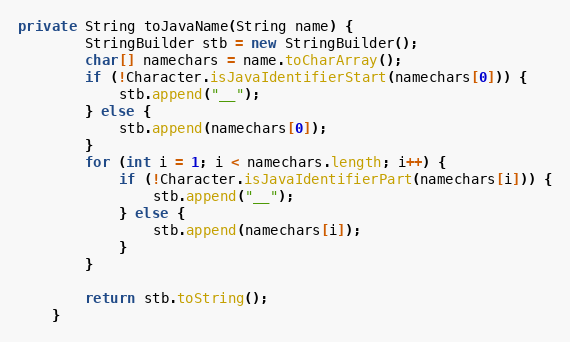
Language: Java
private String toJavaName(String name) {
        StringBuilder stb = new StringBuilder();
        char[] namechars = name.toCharArray();
        if (!Character.isJavaIdentifierStart(namechars[0])) {
            stb.append("__");
        } else {
            stb.append(namechars[0]);
        }
        for (int i = 1; i < namechars.length; i++) {
            if (!Character.isJavaIdentifierPart(namechars[i])) {
                stb.append("__");
            } else {
                stb.append(namechars[i]);
            }
        }

        return stb.toString();
    }